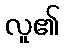
လူ၏